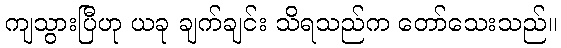
ကျသွားပြီဟု ယခု ချက်ချင်း သိရသည်က တော်သေးသည်။